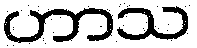
ဟာသ